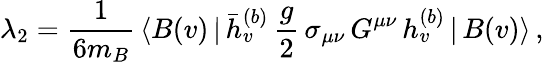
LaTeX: \lambda_{2}={\frac{1}{6m_{B}}}\, \langle B(v)\, |\, \bar{h}_{v}^{(b)}\, {\frac{g}{2}}\, \sigma_{\mu\nu}\, G^{\mu\nu}\, h_{v}^{(b)}\, |\, B(v)\rangle\, ,